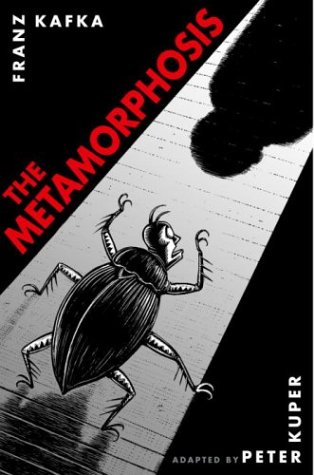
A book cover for The Metamorphosis; Franz Kafka; Comics & Graphic Novels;